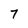
Character: 7